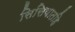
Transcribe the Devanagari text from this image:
सिसियातहि